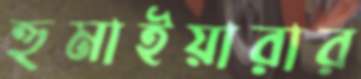
হুমাইয়ারার